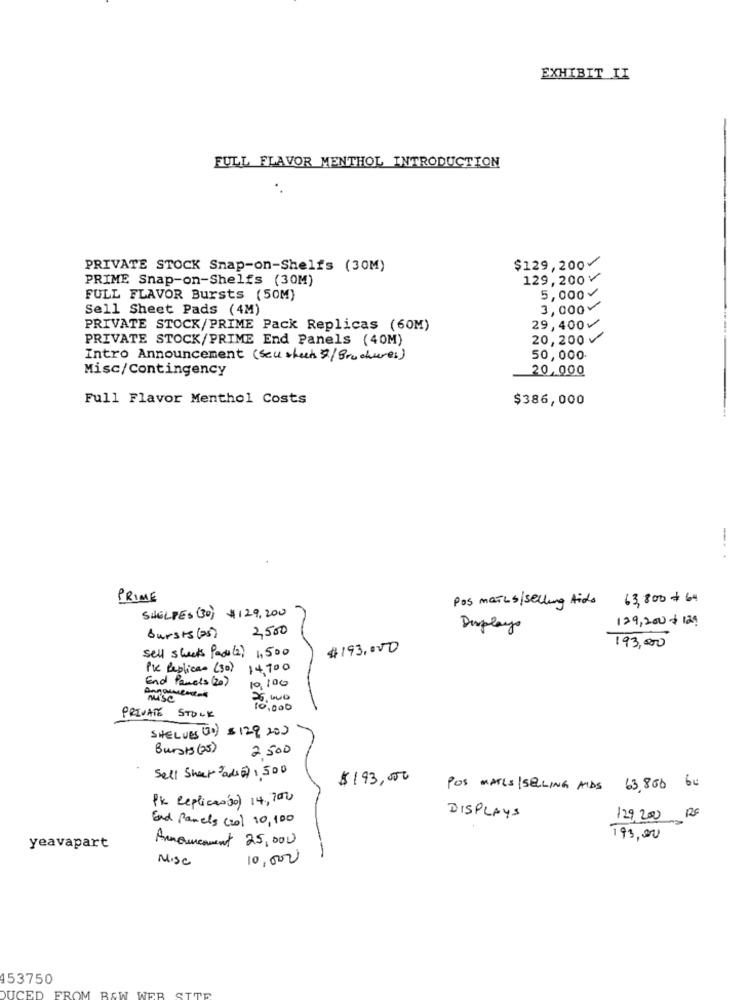
EXHIBIT II
FULL FLAVOR MENTHOL INTRODUCTION
PRIVATE STOCK Snap-on-Shelfs (30M)
$129,200
PRIME Snap-on-Shelfs (30M)
129,200 V
FULL FLAVOR Bursts (50M)
5,000
Sell Sheet Pads (4M)
3,000
PRIVATE STOCK/PRIME Pack Replicas (60M)
29,400-
PRIVATE STOCK/PRIME End Panels (40M)
20,200 V
Intro Announcement (seushuch &/Brochures)
50,000
Misc/Contingency
20,000
Full Flavor Menthol Costs
$386,000
--. .
PRIME
Pos mails/selling Aids 63,800 # 64
SHELPES (30) $129,200
129,200+ 124
2,500
Displays
Bursts (25)
sell sheets Pads (2) 1,500
$193.000
193,000
Pk Replica- (30) 14,900
End Panels ( 20)
10,100
Angamental
25. 000
10.000
PRIVATE STOCK
SHELVES (UD) 5 129 200
Bursts (25)
2 500
Sell Sheet ads ) :500
$193,000
POS MATLS/SELLING AIDS 63,800 64
Pk Replicas 30) 14, 700
End Panels (20) 10, 100
DISPLAYS
129,200 Rx
Announcement 25,000
193,00
yeavapart
Misc
10,000
153750
FROM BEW WEB SITE
DUCED